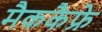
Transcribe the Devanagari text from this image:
मैककैफ्रे